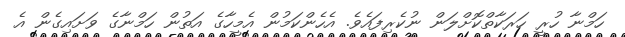
ހަމްނާ ހުރީ ހަރަކާތްކޮށްލަން ނުކެރިފައެވެ. އެހެންކަމުން އެމީހާގެ އަތުން ހަމްނާގެ ވަށައިގެން އެ